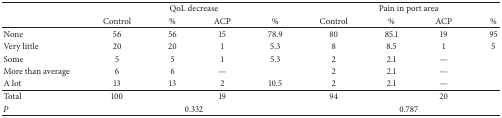
<table><thead><tr><td><b> </b></td><td colspan="4"><b>QoL decrease</b></td><td colspan="4"><b>Pain in port area</b></td></tr><tr><td><b> </b></td><td><b>Control</b></td><td><b>%</b></td><td><b>ACP</b></td><td><b>%</b></td><td><b>Control</b></td><td><b>%</b></td><td><b>ACP</b></td><td><b>%</b></td></tr></thead><tbody><tr><td>None</td><td>56</td><td>56</td><td>15</td><td>78.9</td><td>80</td><td>85.1</td><td>19</td><td>95</td></tr><tr><td>Very little</td><td>20</td><td>20</td><td>1</td><td>5.3</td><td>8</td><td>8.5</td><td>1</td><td>5</td></tr><tr><td>Some</td><td>5</td><td>5</td><td>1</td><td>5.3</td><td>2</td><td>2.1</td><td>—</td><td> </td></tr><tr><td>More than average</td><td>6</td><td>6</td><td>—</td><td> </td><td>2</td><td>2.1</td><td>—</td><td> </td></tr><tr><td>A lot</td><td>13</td><td>13</td><td>2</td><td>10.5</td><td>2</td><td>2.1</td><td>—</td><td> </td></tr><tr><td>Total</td><td>100</td><td> </td><td>19</td><td> </td><td>94</td><td> </td><td>20</td><td> </td></tr><tr><td><i>P</i></td><td colspan="4">0.332</td><td colspan="4">0.787</td></tr></tbody></table>